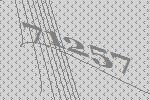
71257